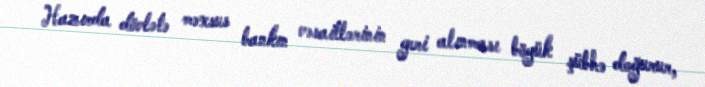
Hazırda dövlətə məxsus bankın vəsaitlərinin geri alınması böyük şübhə doğurur,